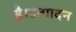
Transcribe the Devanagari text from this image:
है।उत्पादन